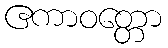
ဧကာဝတ္တော